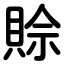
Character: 賒